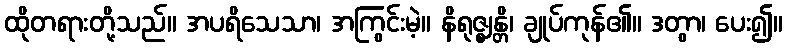
ထိုတရားတို့သည်။ အပရိသေသာ၊ အကြွင်းမဲ့။ နိရုဇ္ဈန္တိ၊ ချုပ်ကုန်၏။ ဒတွာ၊ ပေး၍။